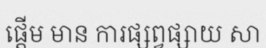
ផ្តើម មាន ការផ្សព្វផ្សាយ សា